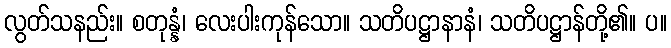
လွတ်သနည်း။ စတုန္နံ၊ လေးပါးကုန်သော။ သတိပဋ္ဌာနာနံ၊ သတိပဋ္ဌာန်တို့၏။ ပ။